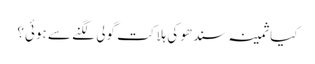
کیا ثمینہ سندھو کی ہلاکت گولی لگنے سے ہوئی؟